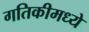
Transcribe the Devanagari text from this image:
गतिकीमध्ये